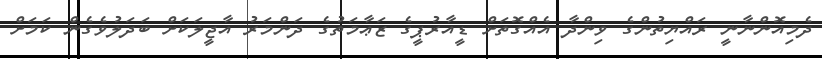
ދެމިއޮންނާނީ ރައްޔިތުންގެ ވިންދާ އެއްގޮތަށް ޑީއާރުޕީގެ ޒަޢާމަތުގެ ދަންމަރު އާޖީލަކަށް ބަދަލުވެގެން ކަމަށް